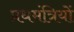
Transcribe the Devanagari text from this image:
प्रधमंत्रियों